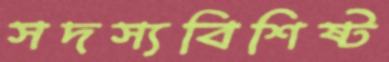
সদস্যবিশিষ্ট